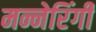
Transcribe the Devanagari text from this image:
मन्नेरिंगी